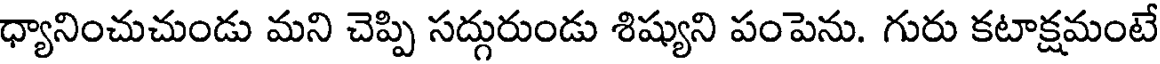
ధ్యానించుచుండు మని చెప్పి సద్గురుండు శిష్యుని పంపెను. గురు కటాక్షమంటే